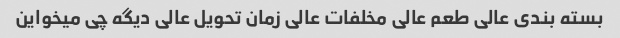
بسته بندی عالی طعم عالی مخلفات عالی زمان تحویل عالی دیگه چی میخواین